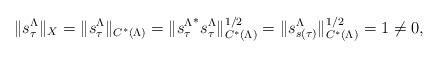
LaTeX: \begin{align*}\|s_\tau^\Lambda\|_X=\|s_\tau^\Lambda\|_{C^*(\Lambda)}=\|{s_\tau^\Lambda}^*s_\tau^\Lambda\|_{C^*(\Lambda)}^{1/2}=\|s_{s(\tau)}^\Lambda\|_{C^*(\Lambda)}^{1/2}=1\neq 0,\end{align*}